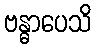
ဗန္ဓာပေသိ